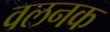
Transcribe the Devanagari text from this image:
वलनक